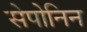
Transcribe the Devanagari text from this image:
सेपोनिन